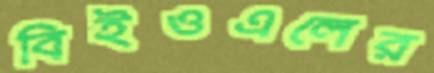
বিইওএলের